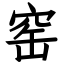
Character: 窑